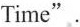
Time".